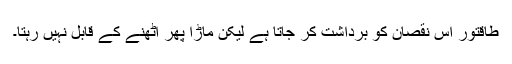
طاقتور اس نقصان کو برداشت کر جاتا ہے لیکن ماڑا پھر اٹھنے کے قابل نہیں رہتا۔